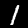
Label: 1